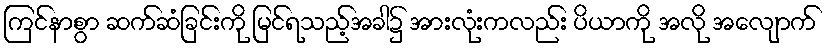
ကြင်နာစွာ ဆက်ဆံခြင်းကို မြင်ရသည့်အခါ၌ အားလုံးကလည်း ပိယာကို အလို အလျောက်